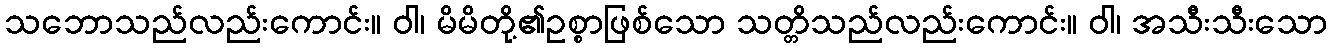
သဘောသည်လည်းကောင်း။ ဝါ၊ မိမိတို့၏ဥစ္စာဖြစ်သော သတ္တိသည်လည်းကောင်း။ ဝါ၊ အသီးသီးသော